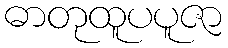
ဓာတုထူပပူဇာ